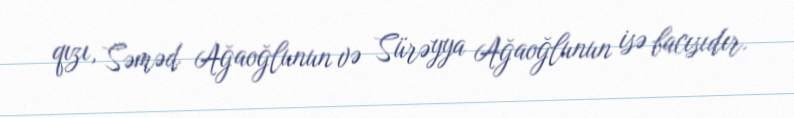
qızı, Səməd Ağaoğlunun və Sürəyya Ağaoğlunun isə bacısıdır.